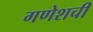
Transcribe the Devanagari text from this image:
गणेशची